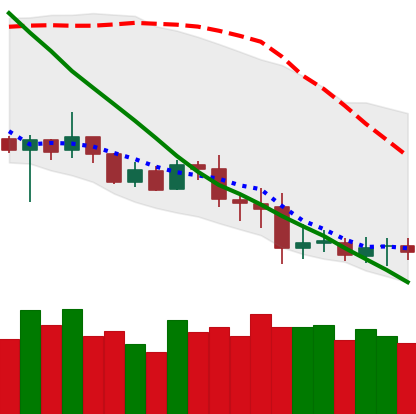
Ticker: XRP-USD
Chart end date: 2020-07-03
Forward return: 16.081%
Label: up_7plus